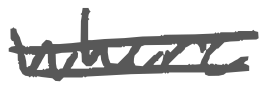
Text: where
Cross-out: mix
Writing tool: digital_gray